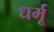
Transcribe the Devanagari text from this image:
धर्मू